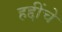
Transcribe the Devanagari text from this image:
हद्दींचे